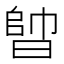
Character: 𣈪